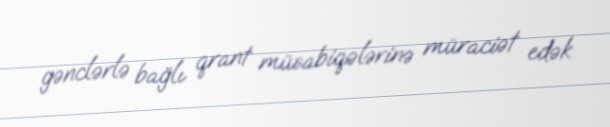
gənclərlə bağlı qrant müsabiqələrinə müraciət edək.